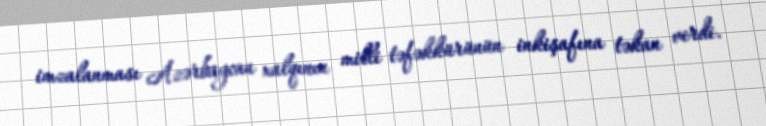
imzalanması Azərbaycan xalqının milli təfəkkürünün inkişafına təkan verdi.